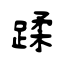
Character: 蹂